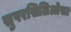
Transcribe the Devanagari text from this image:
सुपरसिलिओसा